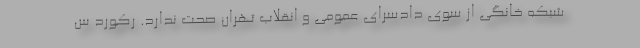
شبکه خانگی از سوی دادسرای عمومی و انقلاب تهران صحت ندارد. رکورد س